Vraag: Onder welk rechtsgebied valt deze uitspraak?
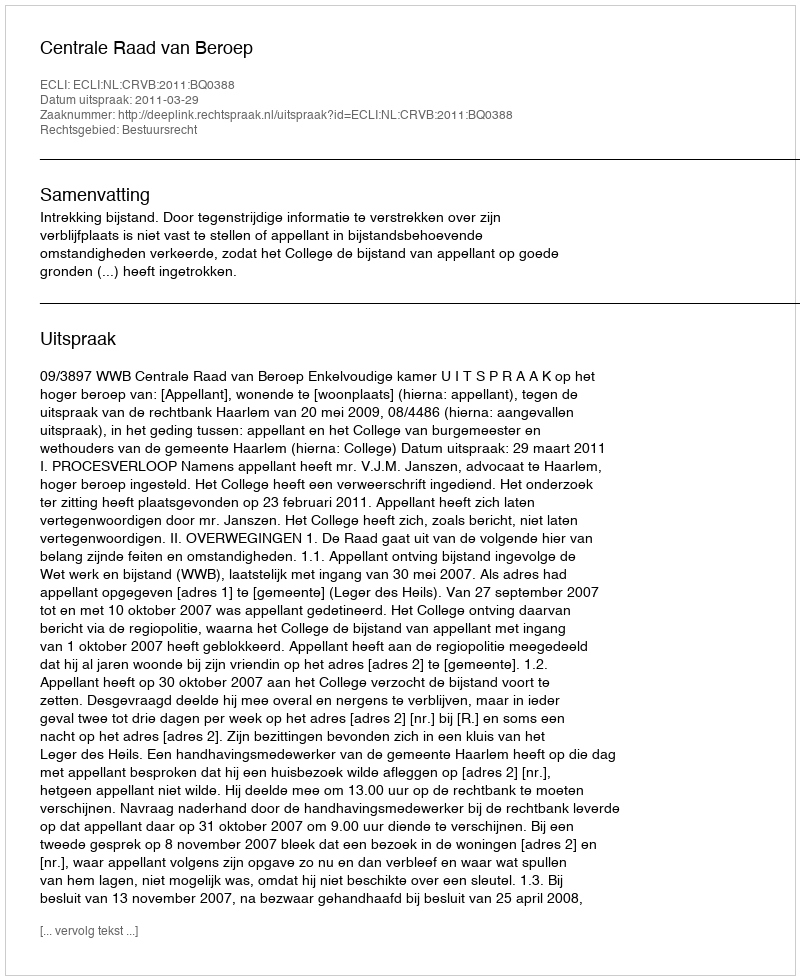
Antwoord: Bestuursrecht